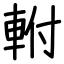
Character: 軵